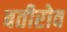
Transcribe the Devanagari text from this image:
बतीरोव